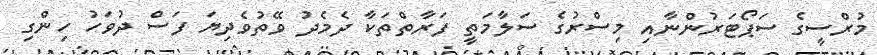
މުރްސީގެ ސަޕޯޓަރުންނާއި މިސްރުގެ ސަލާމަތީ ފަރާތްތަކާ ދެމެދު ވޭތުވެދިޔަ ފަސް ދުވަހު ހިންގި